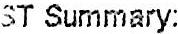
GST SUMMARY: